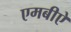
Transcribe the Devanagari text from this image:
एमबीऐ